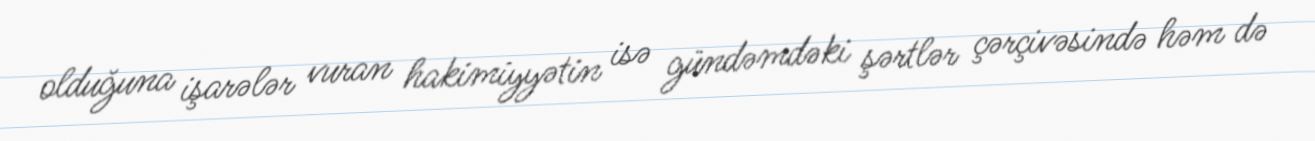
olduğuna işarələr vuran hakimiyyətin isə gündəmdəki şərtlər çərçivəsində həm də